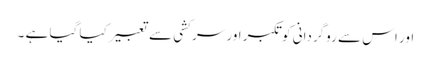
اور اس سے روگردانی کو تکبر اور سر کشی سے تعبیر کیا گیا ہے ۔